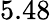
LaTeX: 5.48